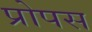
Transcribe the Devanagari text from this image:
प्रोपस